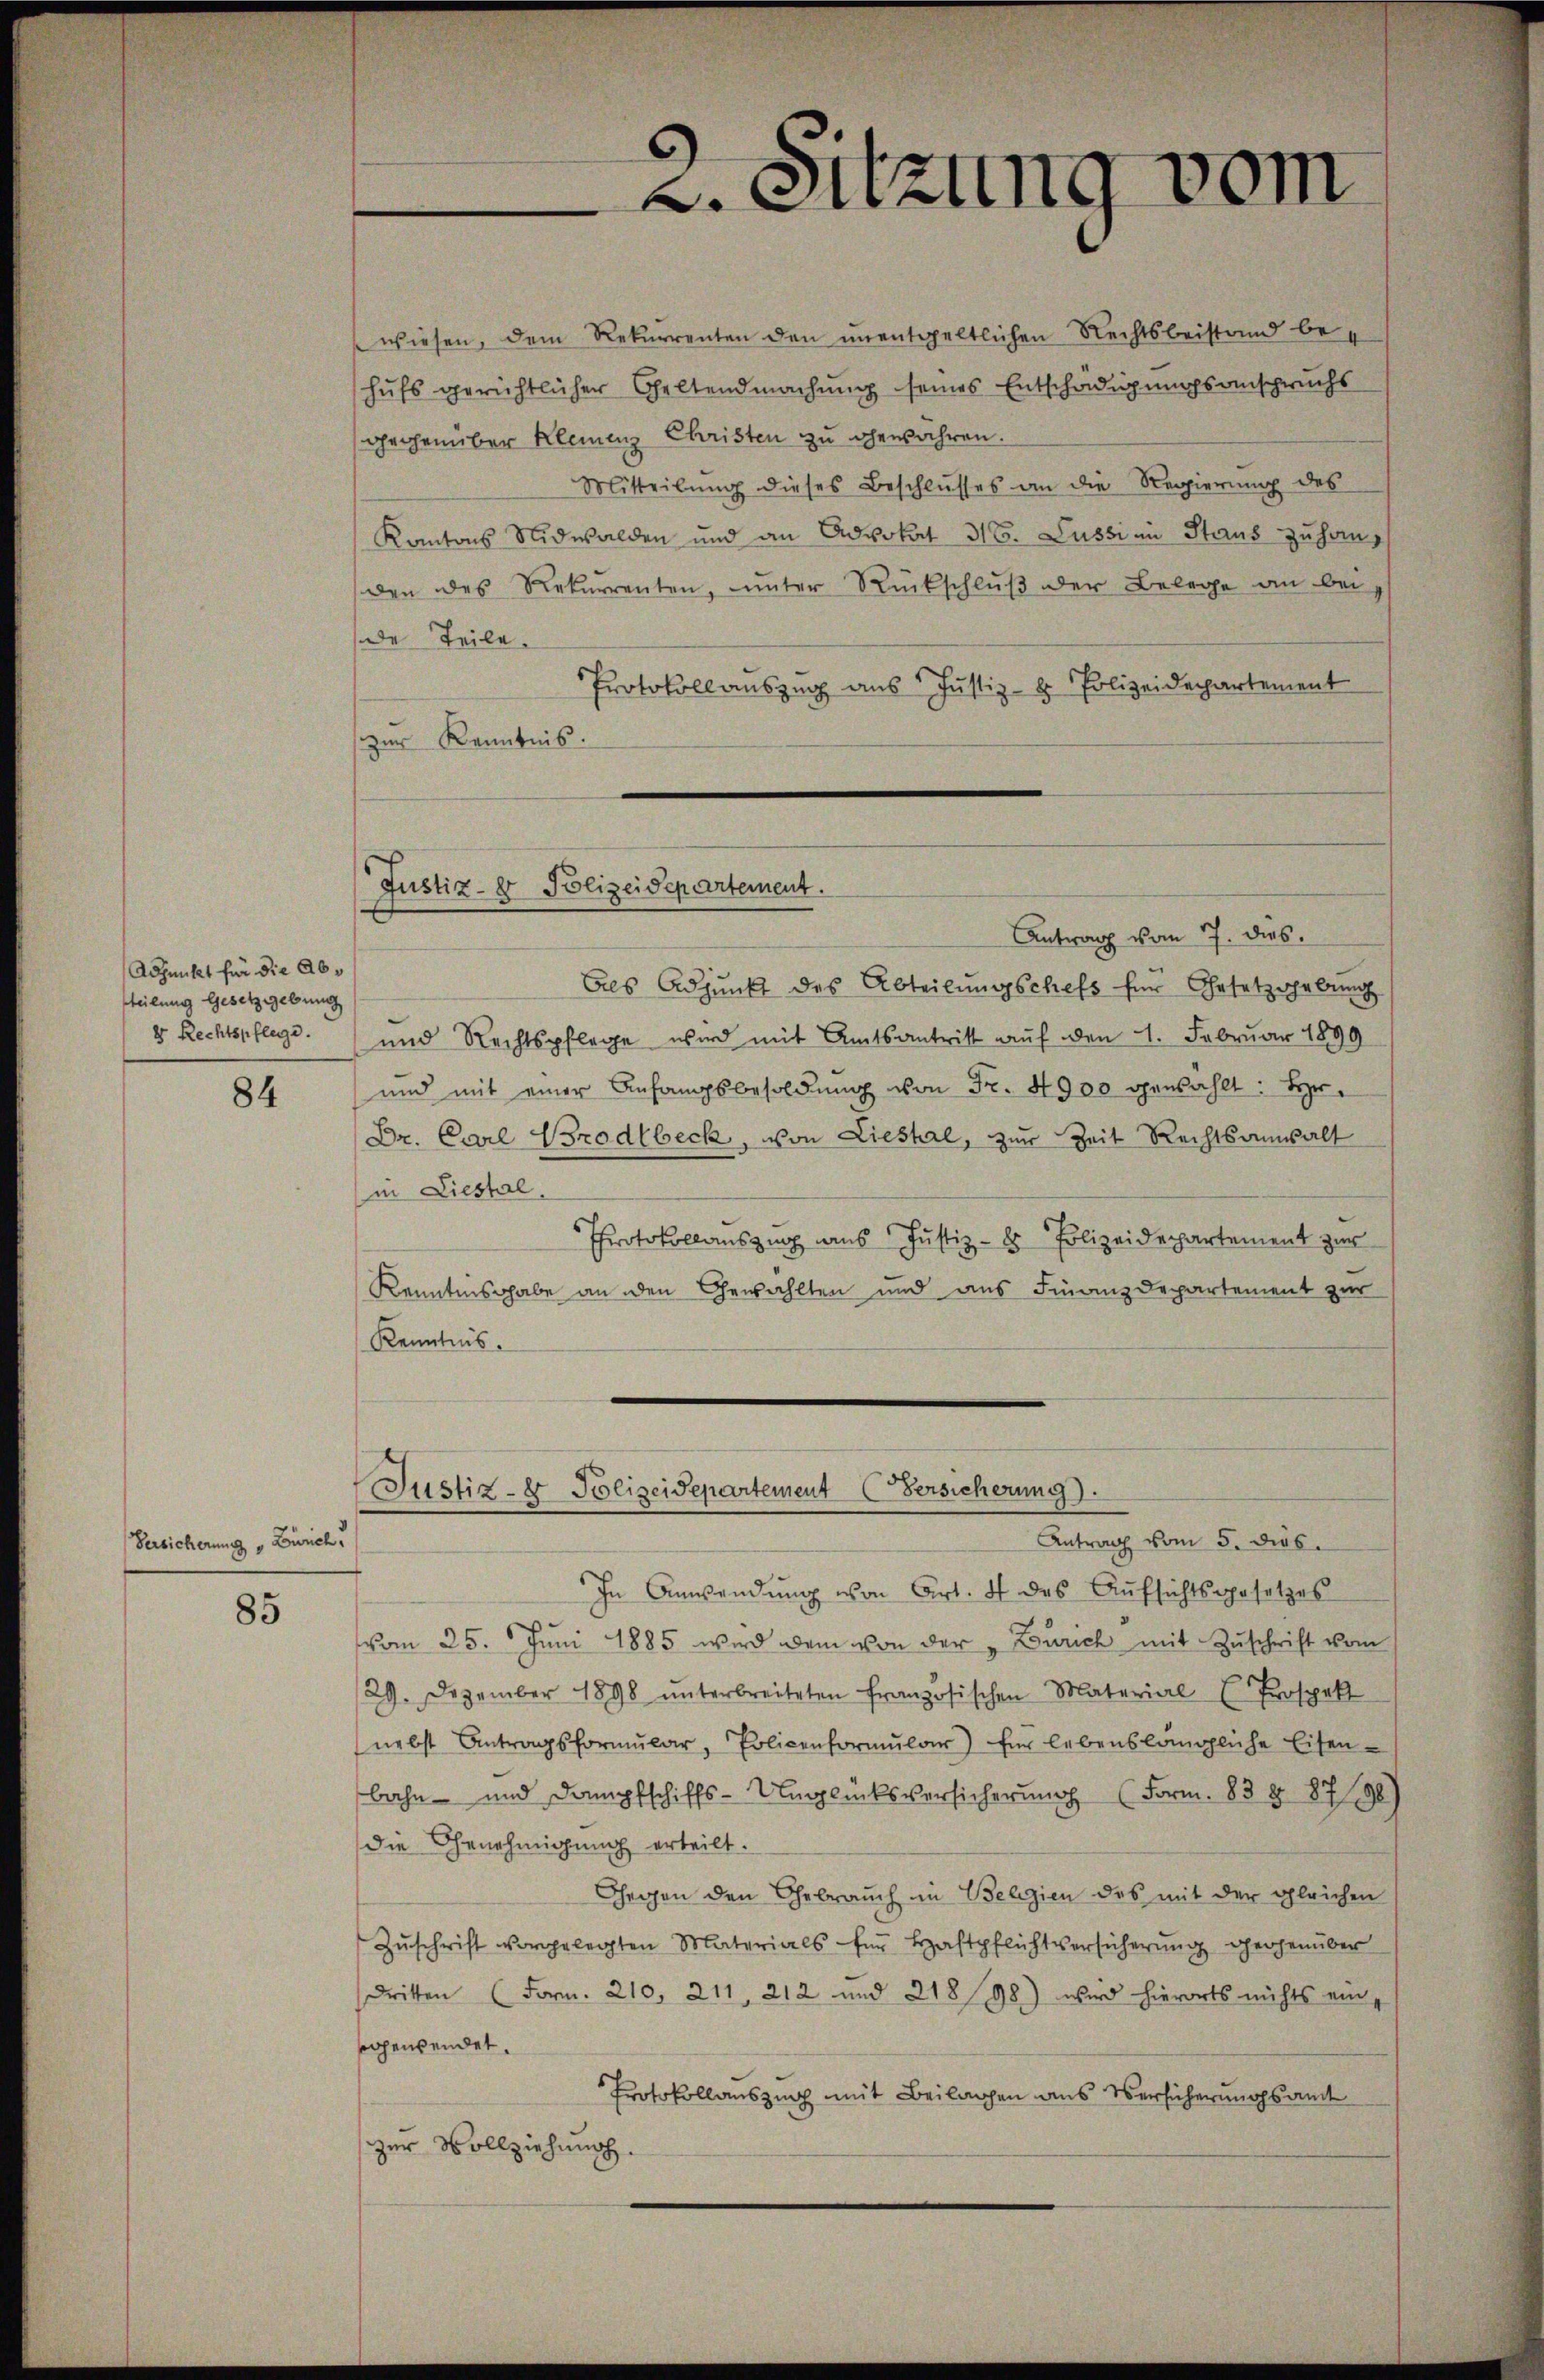
Adjunkt für die Abteilung Gesetzgebung
8 Rechtspflege.

84

Versicherung v. Zürich

85

wiesen, dem Rekurrenten den unentgeltlichen Rechtsbeistand behufs gerichtlicher Geltendmachung seines Entschädigungsanspruchs
gegenüber Kleinenz Christen zu gewähren.
Mitteilŭng dieses Beschlŭsses an die Regierŭng des
Kantons Nidwalden und an Advokat 31. Lussi in Staus zu hang
den des Rekurrenten, unter Rückschluß der Belege an bei
de Teile.
Protokoll auszug aus Justiz- & Polizeidepartement
zur Kenntnis.
Antrag vom 7. dies.
Als Adjunkt des Abteilŭngschefs für Gesetzgebung
und Rechtspflege wird mit Amtsantritt auf den 1. Februar 1899
und mit einer Anfangsbesoldŭng von Fr. 4900 gewählt: Hr.
Dr. Carl Brodlbeck, von Lieshal, zur Zeit Rechtsanwalt
in Liestal
Protokollauszug aus Justiz- & Polizeidepartement zur
Kenntnisgabe an den Gewählten und aus Finanzdepartement zur
Kenntnis.
Justiz- & Polizeidepartement Versicherung).
Antrag vom 5. dies
In Anwendung von Art. 4 des Aŭfsichtsgesetzes
vom 25. Juni 1885 wird dem von der „Zürich mit Zŭschrift vom
29. Dezember 1898 ŭnterbreiteten französischen Material Prospek
nebst Antragsformŭlar, Policenformŭlar) Ein lebenslängliche Eisen-
bahn- und Dampfschiffs-Unglücksversicherung (Form. 83 § 879)
die Genehmigung erteilt.
Gegen den Gebrauch im Belegien des mit der gleichen
Zŭschrift vorgelegten Materials für Haftpflichtversicherŭng gegenüber
Dritten (Form. 210, 211, 212 und 218 98) wird hierorts nichts ein,
oggensendet.
Protokollauszug mit Beilagen aus Versicherungsamt
zur Vollziehung.

Justiz- & Polizeidepartement.

2. Sitzung vom